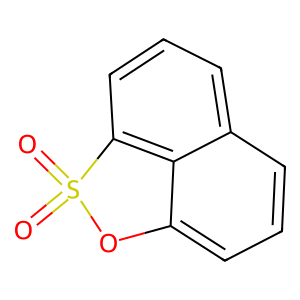
SMILES: O=S1(=O)Oc2cccc3cccc1c23
Inhibits HIV replication: No